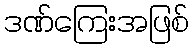
ဒဏ်ကြေးအဖြစ်